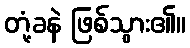
တုံ့ခနဲ ဖြစ်သွား၏။